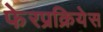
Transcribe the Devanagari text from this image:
फेरप्रक्रियेस